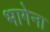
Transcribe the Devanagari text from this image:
भागेना